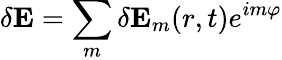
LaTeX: \mathbf{\delta E}=\sum_{m}\delta\mathbf{E}_{m}(r,t)e^{im\varphi}